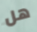
هل